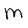
Character: M